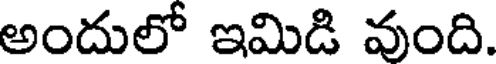
అందులో ఇమిడి వుంది.